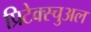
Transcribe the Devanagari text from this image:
प्रिटेक्स्चुअल